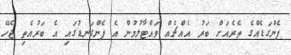
ފެންގަޑެއްގެ ތެރެއަށް ބަރު އެއްޗެއް ވައްޓާލުމުން އެ ފެންގަނޑުގައި އެ ބަރުއެތި ޖެހޭ